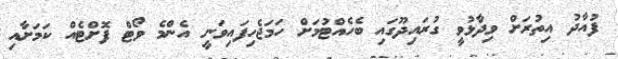
ފުއާދު އިތުރަށް ވިދާޅުވީ ގުރައިދޫގައި ބެހެއްޓުމަށް ހަމަޖެހިފައިވަނީ އެންމެ ވޯޓް ފޮށްޓެއް ކަމަށާއި